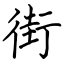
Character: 街